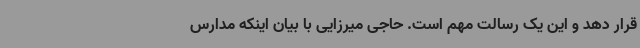
قرار دهد و این یک رسالت مهم است. حاجی میرزایی با بیان اینکه مدارس